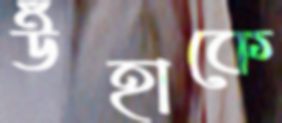
উঁহাকে